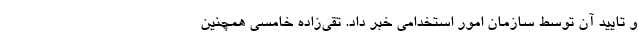
و تایید آن توسط سازمان امور استخدامی خبر داد. تقی‌زاده خامسی همچنین